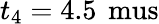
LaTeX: t_{4}=4.5\, \mathrm{\ mus}